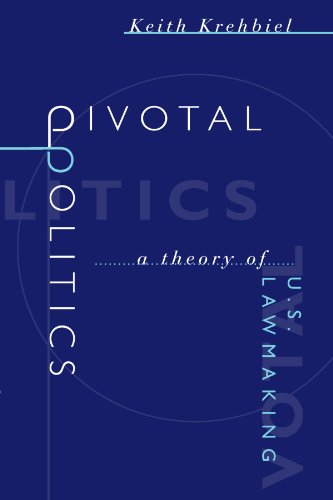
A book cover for Pivotal Politics: A Theory of U.S. Lawmaking; Keith Krehbiel; Law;